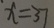
x = 3 7